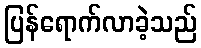
ပြန်ရောက်လာခဲ့သည်